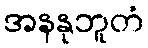
အနနုဘူတံ